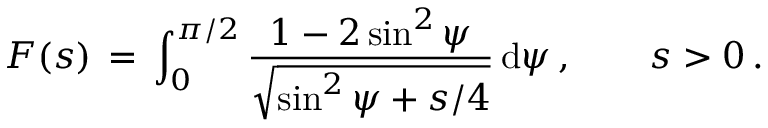
F ( s ) \, = \, \int _ { 0 } ^ { \pi / 2 } \frac { 1 - 2 \sin ^ { 2 } \psi } { \sqrt { \sin ^ { 2 } \psi + s / 4 } } \, \mathrm { d } \psi \, , \qquad s > 0 \, .